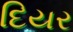
દિયર